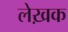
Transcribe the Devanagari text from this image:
लेख़क